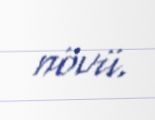
növü.